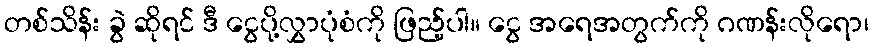
တစ်သိန်း ခွဲ ဆိုရင် ဒီ ငွေပို့လွှာပုံစံကို ဖြည့်ပါ။ ငွေ အရေအတွက်ကို ဂဏန်းလိုရော၊